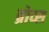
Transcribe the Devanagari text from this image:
ब्रोव्स